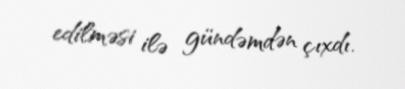
edilməsi ilə gündəmdən çıxdı.